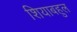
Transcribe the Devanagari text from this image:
शियाबहुल